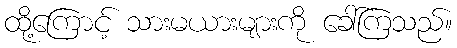
ထို့ကြောင့် သားမယားများကို ခေါ်ကြသည်။